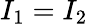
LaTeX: I_{1}=I_{2}